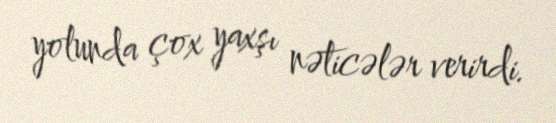
yolunda çox yaxşı nəticələr verirdi.